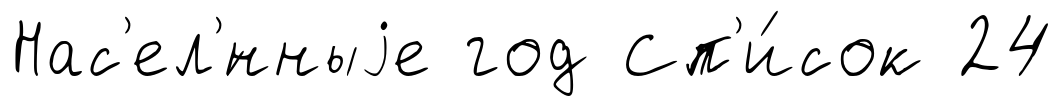
Нас'ел'́нныjе год Сп'и́сок 24